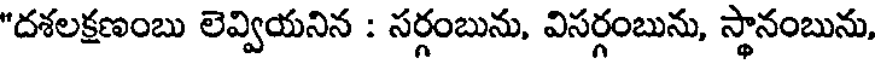
"దశలక్షణంబు లెవ్వియనిన : సర్గంబును, విసర్గంబును, స్థానంబును,